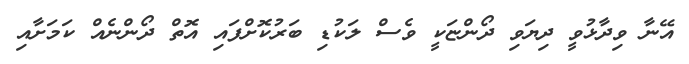
އޭނާ ވިދާޅުވީ ދިޔަވި ދޯންޏަކީ ވެސް ލަކުޑި ބަރުކޮށްފައި އޮތް ދޯންނެއް ކަމަށާއި